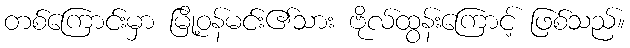
တစ်ကြောင်းမှာ မြို့ဝန်မင်း၏သား ဗိုလ်ထွန်းကြောင့် ဖြစ်သည်။